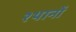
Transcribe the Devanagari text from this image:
श्थानों